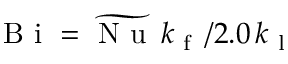
\textup { B i } = { \widetilde { \textup { N u } } } \, k _ { \textup { f } } \, / 2 . 0 \, k _ { \textup { l } }